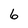
Character: 6